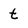
Character: t